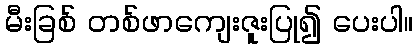
မီးခြစ် တစ်ဖာကျေးဇူးပြု၍ ပေးပါ။